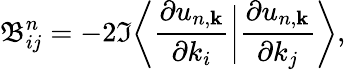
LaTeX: \mathfrak{B}_{ij}^{n}=-2\Im\bigg\langle\frac{\partial u_{n,\mathbf{k}}}{\partial k_{i}}\bigg|\frac{\partial u_{n,\mathbf{k}}}{\partial k_{j}}\bigg\rangle,